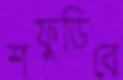
শফুডিবে